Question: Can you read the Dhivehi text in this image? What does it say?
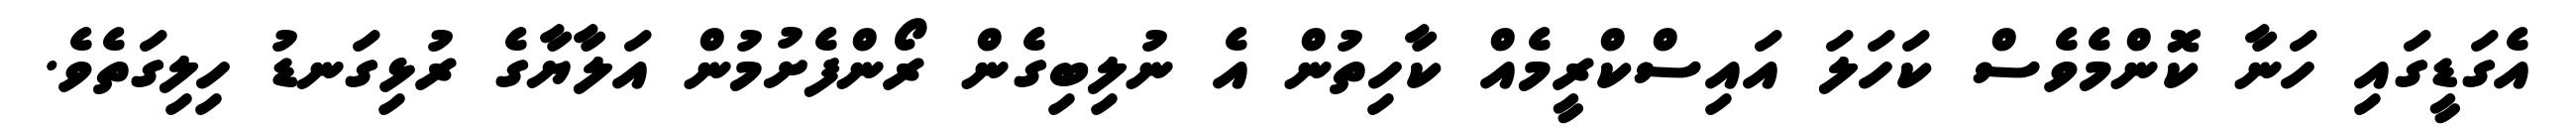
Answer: އެގަޑީގައި ހަނާ ކޮންމެވެސް ކަހަލަ އައިސްކްރީމެއް ކާހިތުން އެ ނުލިބިގެން ރޯންފެށުމުން އަލާޔާގެ ރުޅިގަނޑު ހިލިގަތެވެ.